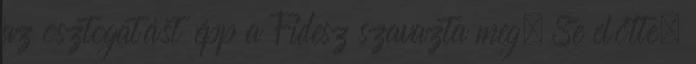
az osztogatást épp a Fidesz szavazta meg. Se előtte,